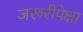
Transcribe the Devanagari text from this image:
जरूरीपेक्षा